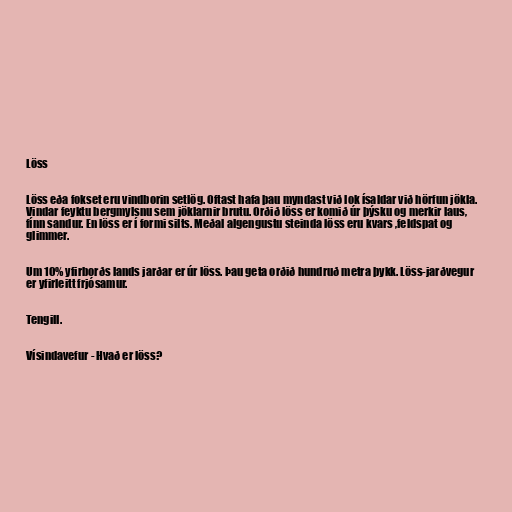
Löss

Löss eða fokset eru vindborin setlög. Oftast hafa þau myndast við lok ísaldar við hörfun jökla.
Vindar feyktu bergmylsnu sem jöklarnir brutu. Orðið löss er komið úr þýsku og merkir laus,
fínn sandur. En löss er í formi silts. Meðal algengustu steinda löss eru kvars ,feldspat og
glimmer.

Um 10% yfirborðs lands jarðar er úr löss. Þau geta orðið hundruð metra þykk. Löss-jarðvegur
er yfirleitt frjósamur.

Tengill.

Vísindavefur - Hvað er löss?